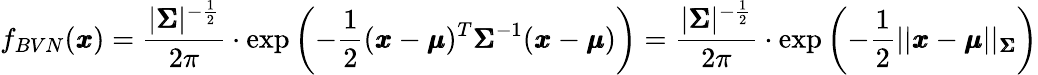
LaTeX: f_{BVN}(\pmb{x})=\frac{\lvert\pmb{\Sigma}\rvert^{-\frac{1}{2}}}{2\pi}\cdot\mathrm{exp}\left(-\frac{1}{2}(\pmb{x}-\pmb{\mu})^{T}\pmb{\Sigma}^{-1}(\pmb{x}-\pmb{\mu})\right)=\frac{\lvert\pmb{\Sigma}\rvert^{-\frac{1}{2}}}{2\pi}\cdot\mathrm{exp}\left(-\frac{1}{2}\lvert\lvert\pmb{x}-\pmb{\mu}\rvert\rvert_{\pmb{\Sigma}}\right)